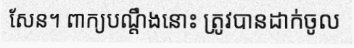
សែន។ ពាក្យបណ្តឹងនោះ ត្រូវបានដាក់ចូល